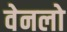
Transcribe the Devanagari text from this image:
वेनलो